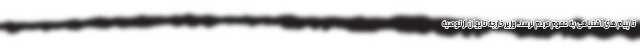
تا پیام های اشتباهی به عموم مردم نرسد. وزیر خارجه تایوان از توصیه